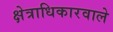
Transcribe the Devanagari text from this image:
क्षेत्राधिकारवाले